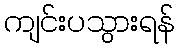
ကျင်းပသွားရန်